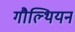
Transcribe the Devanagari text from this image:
गौल्थियन